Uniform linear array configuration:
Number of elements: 48
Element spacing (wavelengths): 0.75
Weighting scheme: binomial
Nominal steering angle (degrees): -30
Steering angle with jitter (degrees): -28.136
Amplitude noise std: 0.05
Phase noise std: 0.05

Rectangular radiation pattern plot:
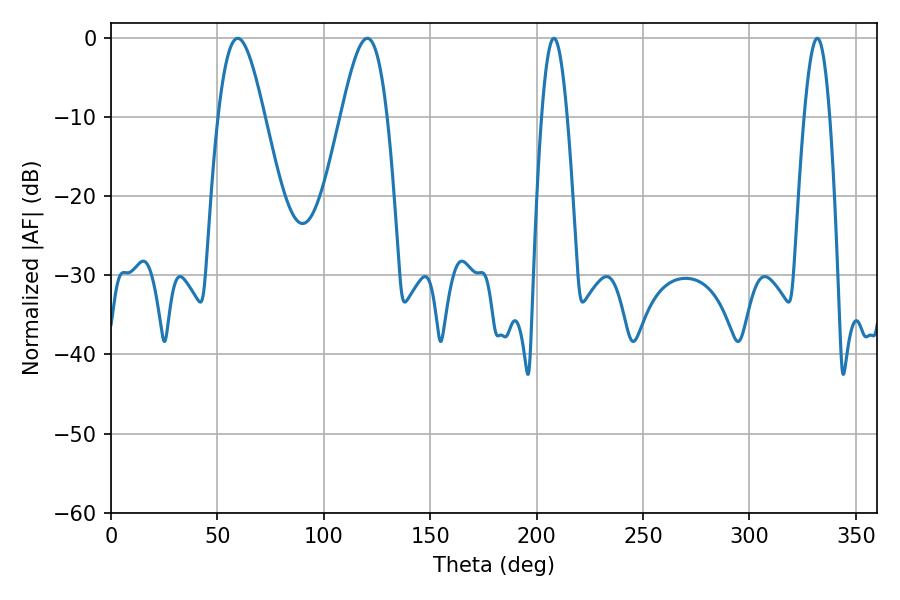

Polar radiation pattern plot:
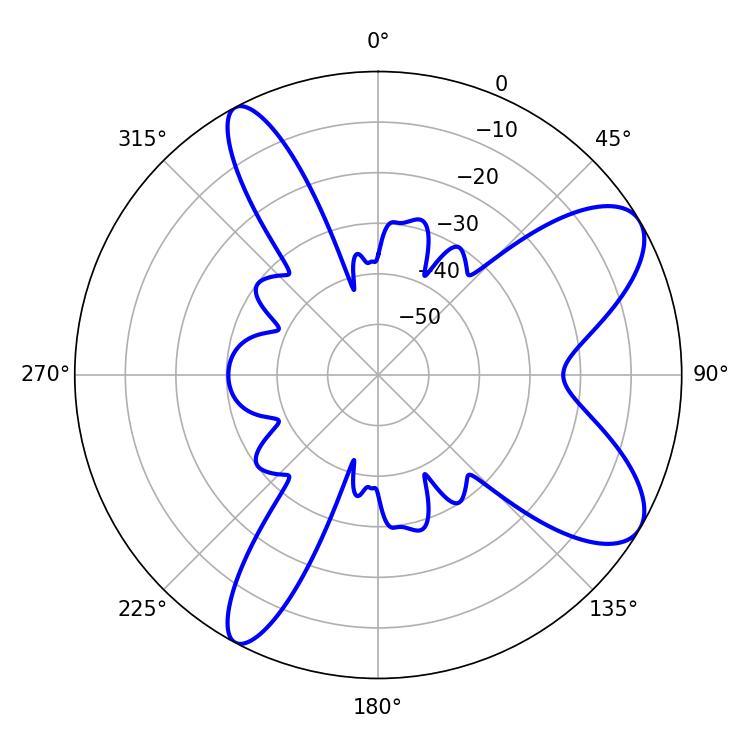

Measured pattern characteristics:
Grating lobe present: TRUE
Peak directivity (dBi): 8.656
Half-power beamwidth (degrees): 11.7
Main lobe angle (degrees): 59.58